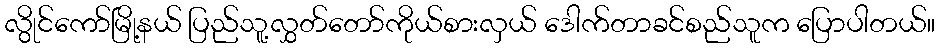
လွိုင်ကော်မြို့နယ် ပြည်သူ့လွှတ်တော်ကိုယ်စားလှယ် ဒေါက်တာခင်စည်သူက ပြောပါတယ်။